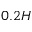
0 . 2 H